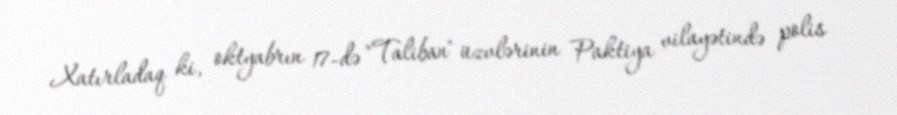
Xatırladaq ki, oktyabrın 17-də "Taliban" üzvlərinin Paktiya vilayətində polis